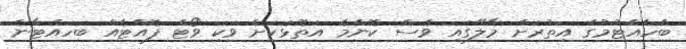
ބެހެއްޓުމުގެ އިތުރަށް މާލޭގައި ވެސް ކޮންމެ އަތޮޅަކަށް ވަކި ވޯޓް ފޮއްޓެއް ބަހައްޓާނެ